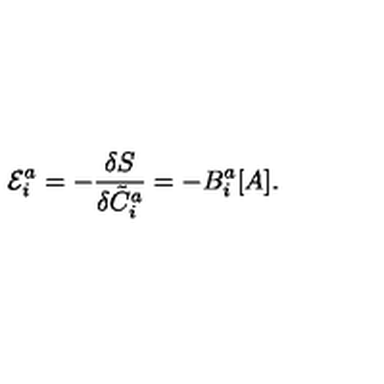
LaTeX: { \cal E } _ { i } ^ { a } = - \frac { \delta S } { \delta { \tilde { C } } _ { i } ^ { a } } = - B _ { i } ^ { a } [ A ] .